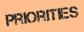
PRIORITIES